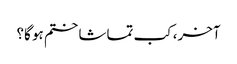
آخر، کب تماشا ختم ہو گا؟